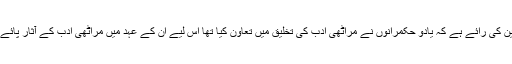
بعض محققین کی رائے ہے کہ یادو حکمرانوں نے مراٹھی ادب کی تخلیق میں تعاون کیا تھا اس لیے ان کے عہد میں مراٹھی ادب کے آثار پائے جاتے ہیں۔